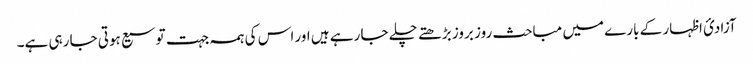
آزادئ اظہار کے بارے میں مباحث روز بروز بڑھتے چلے جا رہے ہیں اور اس کی ہمہ جہت توسیع ہوتی جا رہی ہے۔